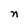
Character: n